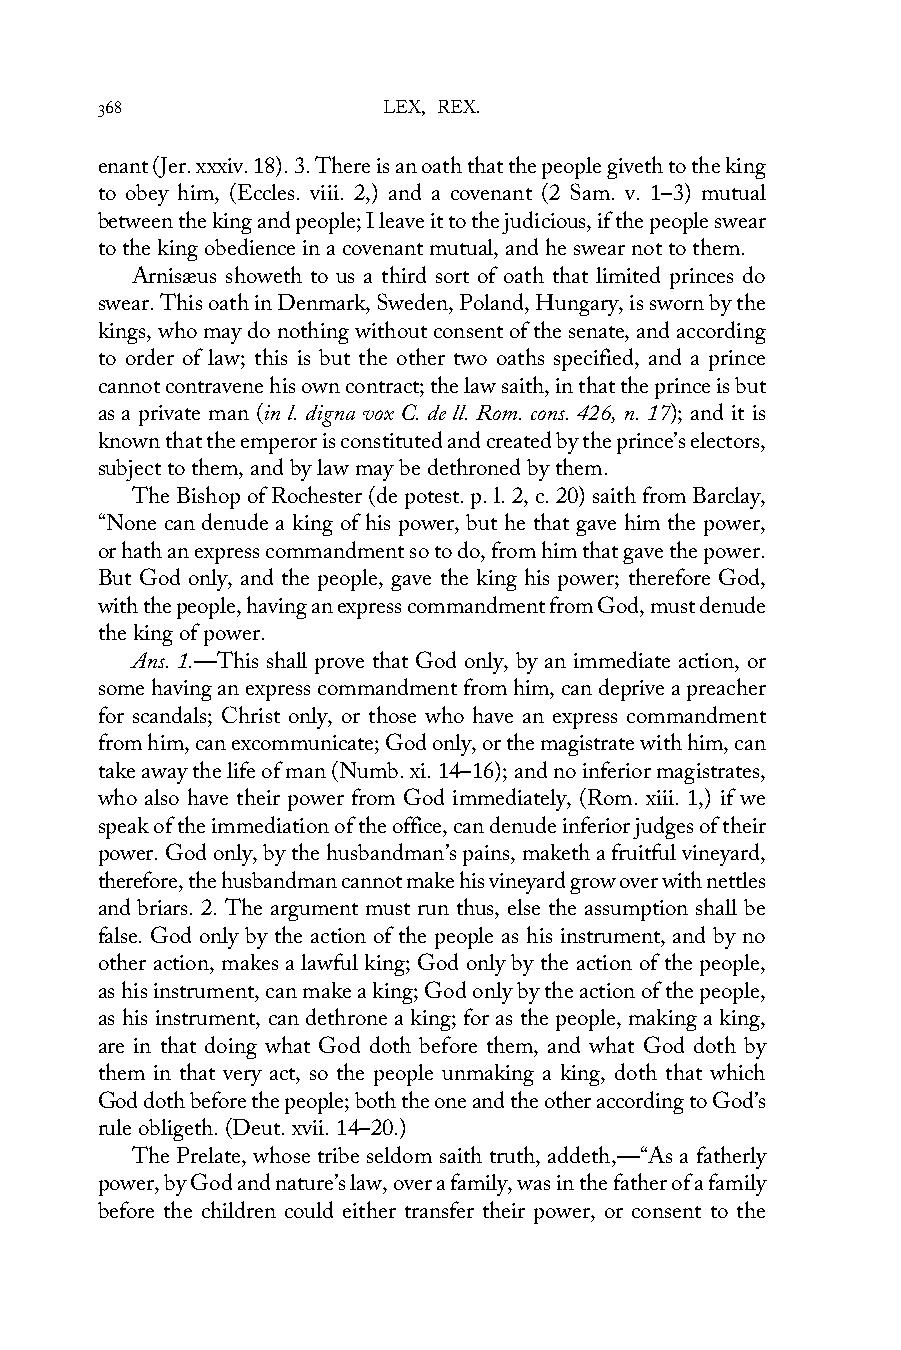
368                LEX, REX.
 enant (Jer. xxxiv. 18). 3. There is an oath that the people giveth to the king
 to obey him, (Eccles. viii. 2,) and a covenant (2 Sam. v. 1–3) mutual
 between the king and people; I leave it to the judicious, if the people swear
 to the king obedience in a covenant mutual, and he swear not to them.
 Arnisæus showeth to us a third sort of oath that limited princes do
 swear. This oath in Denmark, Sweden, Poland, Hungary, is sworn by the
 kings, who may do nothing without consent of the senate, and according
 to order of law; this is but the other two oaths specified, and a prince
 cannot contravene his own contract; the law saith, in that the prince is but
 as a private man (in l. digna vox C. de ll. Rom. cons. 426, n. 17); and it is
 known that the emperor is constituted and created by the prince’s electors,
 subject to them, and by law may be dethroned by them.
 The Bishop of Rochester (de potest. p. l. 2, c. 20) saith from Barclay,
 “None can denude a king of his power, but he that gave him the power,
 or hath an express commandment so to do, from him that gave the power.
 But God only, and the people, gave the king his power; therefore God,
 with the people, having an express commandment from God, must denude
 the king of power.
 Ans. 1.—This shall prove that God only, by an immediate action, or
 some having an express commandment from him, can deprive a preacher
 for scandals; Christ only, or those who have an express commandment
 from him, can excommunicate; God only, or the magistrate with him, can
 take away the life of man (Numb. xi. 14–16); and no inferior magistrates,
 who also have their power from God immediately, (Rom. xiii. 1,) if we
 speak of the immediation of the office, can denude inferior judges of their
 power. God only, by the husbandman’s pains, maketh a fruitful vineyard,
 therefore, the husbandman cannot make his vineyard grow over with nettles
 and briars. 2. The argument must run thus, else the assumption shall be
 false. God only by the action of the people as his instrument, and by no
 other action, makes a lawful king; God only by the action of the people,
 as his instrument, can make a king; God only by the action of the people,
 as his instrument, can dethrone a king; for as the people, making a king,
 are in that doing what God doth before them, and what God doth by
 them in that very act, so the people unmaking a king, doth that which
 God doth before the people; both the one and the other according to God’s
 rule obligeth. (Deut. xvii. 14–20.)
 The Prelate, whose tribe seldom saith truth, addeth,—“As a fatherly
 power, by God and nature’s law, over a family, was in the father of a family
 before the children could either transfer their power, or consent to the